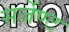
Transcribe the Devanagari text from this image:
सर्जेण्ट